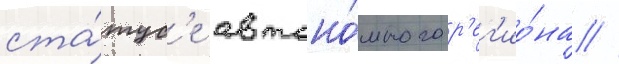
ста́тус'е автоно́много р'ег'ио́на //